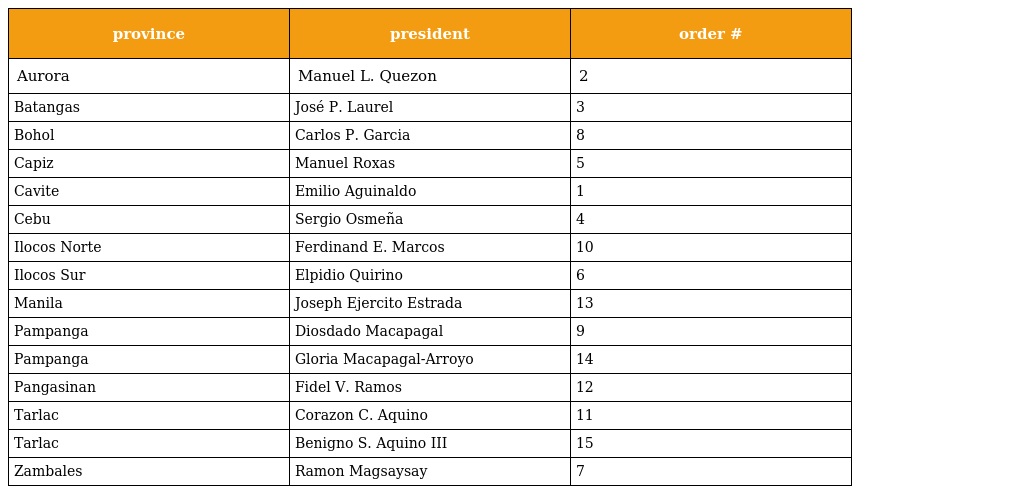
| province | president | order # |
 | --- | --- | --- |
 | Aurora | Manuel L. Quezon | 2 |
 | Batangas | José P. Laurel | 3 |
 | Bohol | Carlos P. Garcia | 8 |
 | Capiz | Manuel Roxas | 5 |
 | Cavite | Emilio Aguinaldo | 1 |
 | Cebu | Sergio Osmeña | 4 |
 | Ilocos Norte | Ferdinand E. Marcos | 10 |
 | Ilocos Sur | Elpidio Quirino | 6 |
 | Manila | Joseph Ejercito Estrada | 13 |
 | Pampanga | Diosdado Macapagal | 9 |
 | Pampanga | Gloria Macapagal-Arroyo | 14 |
 | Pangasinan | Fidel V. Ramos | 12 |
 | Tarlac | Corazon C. Aquino | 11 |
 | Tarlac | Benigno S. Aquino III | 15 |
 | Zambales | Ramon Magsaysay | 7 |